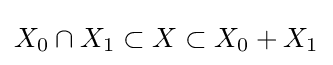
X_{0}\cap X_{1}\subset X\subset X_{0}+X_{1}